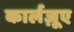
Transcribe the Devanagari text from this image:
कार्लज़ूए